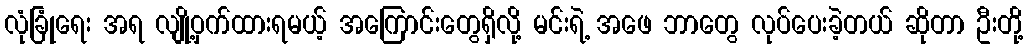
လုံခြုံရေး အရ လျို့ဝှက်ထားရမယ့် အကြောင်းတွေရှိလို့ မင်းရဲ့ အဖေ ဘာတွေ လုပ်ပေးခဲ့တယ် ဆိုတာ ဦးတို့